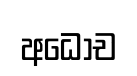
අධෝච